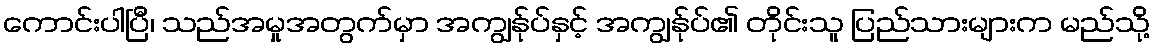
ကောင်းပါပြီ၊ သည်အမှုအတွက်မှာ အကျွန်ုပ်နှင့် အကျွန်ုပ်၏ တိုင်းသူ ပြည်သားများက မည်သို့